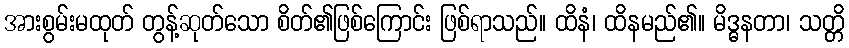
အားစွမ်းမထုတ် တွန့်ဆုတ်သော စိတ်၏ဖြစ်ကြောင်း ဖြစ်ရာသည်။ ထိနံ၊ ထိနမည်၏။ မိဒ္ဓနတာ၊ သတ္တိ